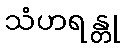
သံဟရန္တု